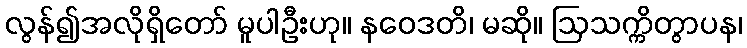
လွန်၍အလိုရှိတော် မူပါဦးဟု။ နဝေဒတိ၊ မဆို။ ဩသက္ကိတွာပန၊